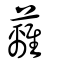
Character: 蘺